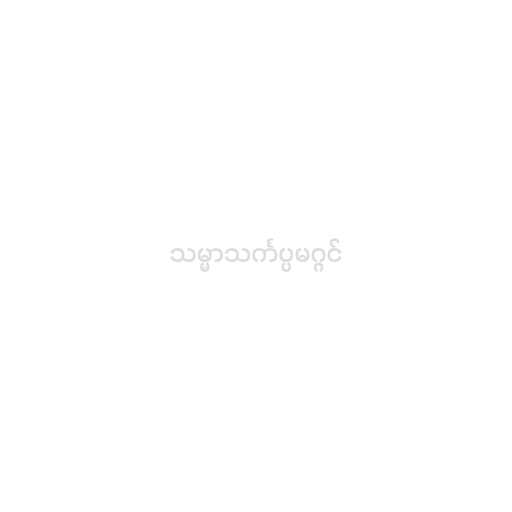
သမ္မာသင်္ကပ္ပမဂ္ဂင်